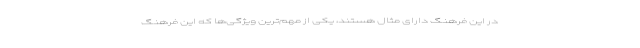
در این فرهنگ دارای مثال هستند، یکی از مهم‌ترین ویژگی‌ها که این فرهنگ